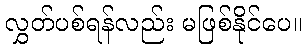
လွှတ်ပစ်ရန်လည်း မဖြစ်နိုင်ပေ။